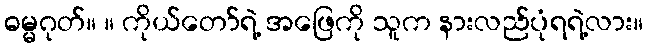
ဓမ္မဂုတ်။ ။ ကိုယ်တော်ရဲ့ အဖြေကို သူက နားလည်ပုံရရဲ့လား။